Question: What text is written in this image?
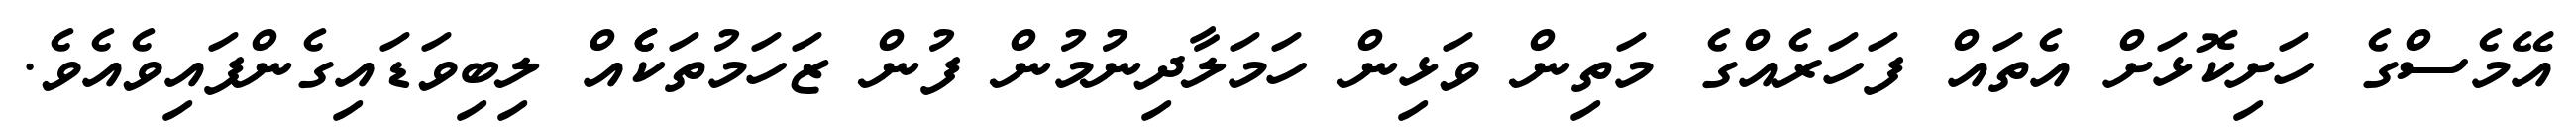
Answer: އޭމެސްގެ ހަށިކޮޅަށް އެތައް ފަހަރެއްގެ މަތިން ވަޅިން ހަމަލާދިނުމުން ފުން ޒަހަމުތަކެެއް ލިބިވަޑައިގެންފައިވެއެވެ.